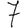
Digit: 7